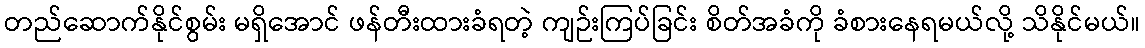
တည်ဆောက်နိုင်စွမ်း မရှိအောင် ဖန်တီးထားခံရတဲ့ ကျဉ်းကြပ်ခြင်း စိတ်အခံကို ခံစားနေရမယ်လို့ သိနိုင်မယ်။